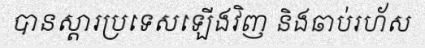
បានស្តារប្រទេសឡើងវិញ និងឆាប់រហ័ស